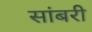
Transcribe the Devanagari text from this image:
सांबरी